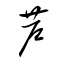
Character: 芦